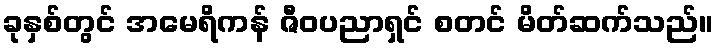
ခုနှစ်တွင် အမေရိကန် ဇီဝပညာရှင် စတင် မိတ်ဆက်သည်။